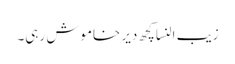
زیب النسا کچھ دیر خاموش رہی۔